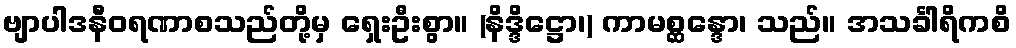
ဗျာပါဒနီဝရဏာစသည်တို့မှ ရှေးဦးစွာ။ (နိဒ္ဒိဋ္ဌော၊) ကာမစ္ဆန္ဒော၊ သည်။ အသင်္ခါရိကစိ